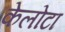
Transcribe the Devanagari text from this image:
केलोटा